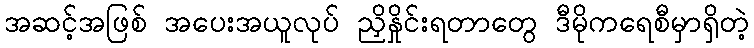
အဆင့်အဖြစ် အပေးအယူလုပ် ညှိနှိုင်းရတာတွေ ဒီမိုကရေစီမှာရှိတဲ့